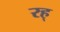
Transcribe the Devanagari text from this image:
रह्